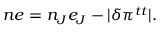
n e = n _ { J } e _ { J } - | \delta \pi ^ { t t } | .